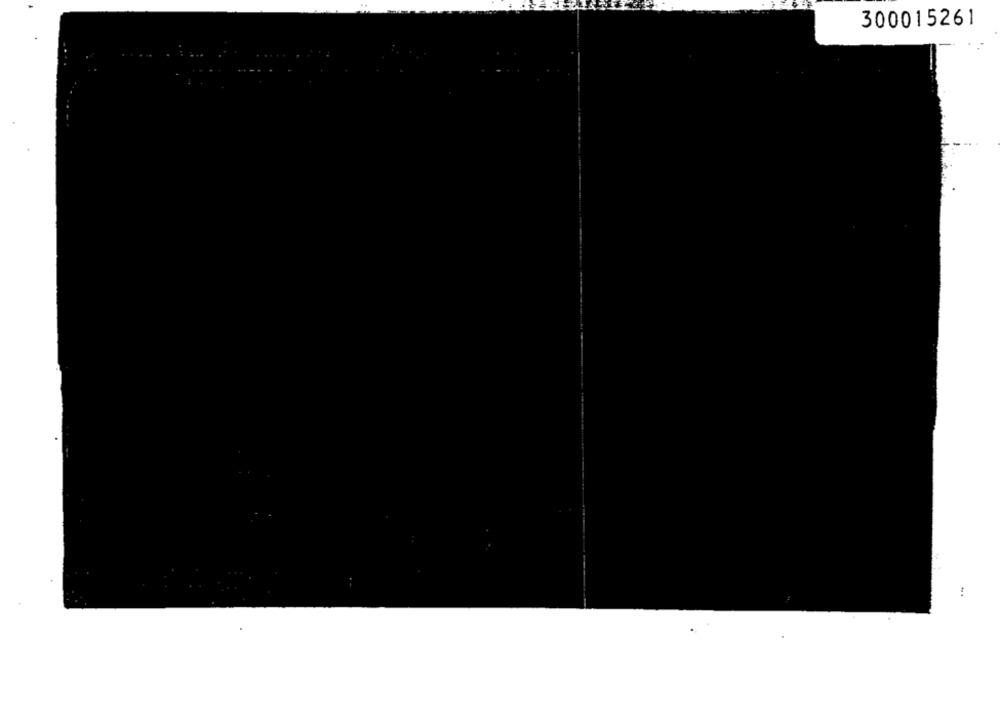
300015261